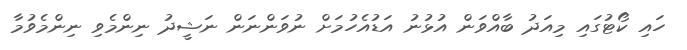
ހައި ކޯޓުގައި މިއަދު ބާއްވަން އުޅުނު އަޑުއެހުމަށް ނުވަންނަން ނަޝީދު ނިންމެވި ނިންމެވުމާ